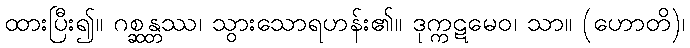
ထားပြီး၍။ ဂစ္ဆန္တဿ၊ သွားသောရဟန်း၏။ ဒုက္ကဋမေဝ၊ သာ။ (ဟောတိ)၊